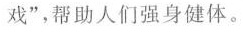
戏”，帮助人们强身健体。